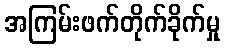
အကြမ်းဖက်တိုက်ခိုက်မှု